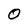
Character: 0